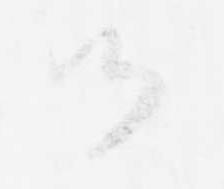
御